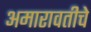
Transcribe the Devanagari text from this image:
अमारावतीचे